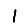
Digit: 1